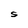
Character: S